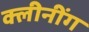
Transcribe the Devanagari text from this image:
क्लीनींग